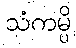
သံကမ္ပိ